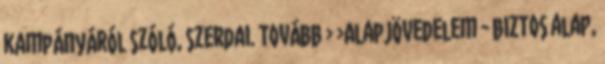
kampányáról szóló, szerdai. Tovább › ›Alapjövedelem - biztos alap,